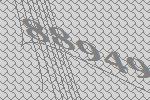
88949